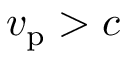
v _ { \mathrm { p } } > c